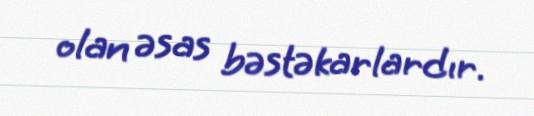
olan əsas bəstəkarlardır.